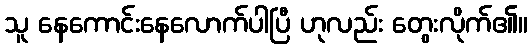
သူ နေကောင်းနေလောက်ပါပြီ ဟုလည်း တွေးလိုက်၏။